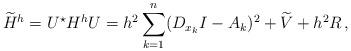
\begin{align*}\widetilde{H}^h = U^\star H^hU =h^2 \sum_{k=1}^{n}(D_{x_k}I -A_k)^2 + \widetilde{V} +h^2R\, , \end{align*}